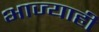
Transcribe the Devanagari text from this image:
भाज्याही